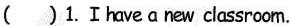
( ) 1.Ⅰhave anew classroom.